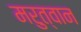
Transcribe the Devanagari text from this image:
मरुत्वान